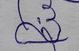
Signature authenticity: forged